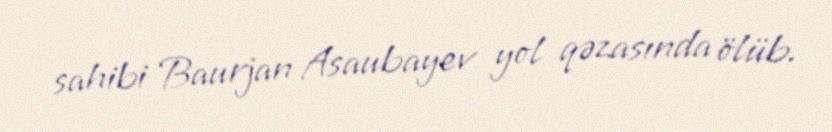
sahibi Baurjan Asaubayev yol qəzasında ölüb.